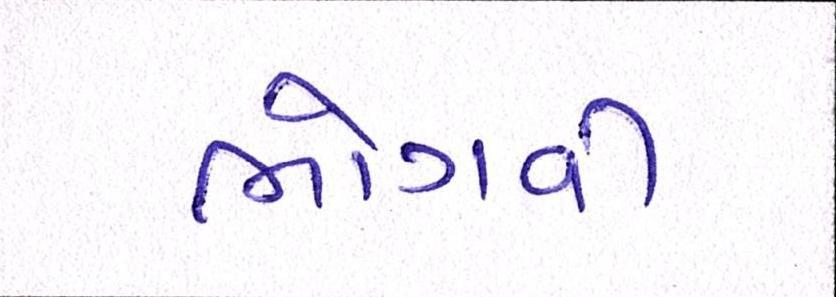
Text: ભોગવી